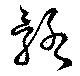
骼